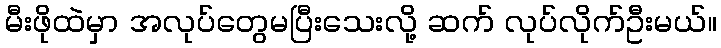
မီးဖိုထဲမှာ အလုပ်တွေမပြီးသေးလို့ ဆက် လုပ်လိုက်ဦးမယ်။